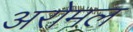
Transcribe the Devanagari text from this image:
अरोमल